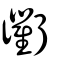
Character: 衢